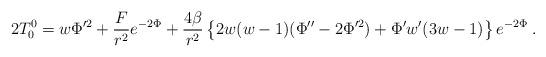
LaTeX: \begin{align*}2 T^0_0 = w \Phi'^2 + \frac{{ F}}{r^2} e^{-2\Phi} +\frac{4 \beta}{r^2}\left\{2w(w -1)(\Phi'' - 2\Phi'^2) +\Phi' w'(3w - 1)\right\}e^{-2\Phi}\; .\end{align*}